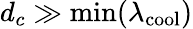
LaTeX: d_{c}\gg\operatorname*{min}(\lambda_{\mathrm{cool}})